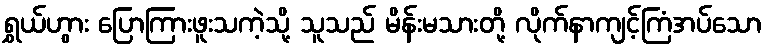
ရွှယ်ဟွား ပြောကြားဖူးသကဲ့သို့ သူသည် မိန်းမသားတို့ လိုက်နာကျင့်ကြံအပ်သော